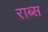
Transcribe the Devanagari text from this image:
राब्स